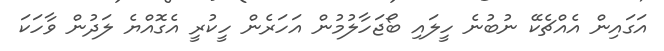
އަގައިން އެއްޗެކޭ ނުބުނެ ހީލައި ބޯޖަހާލުމުން އަހަރެން ހީކުރީ އެގޮއްޔެ ލަދުން ވާހަކަ